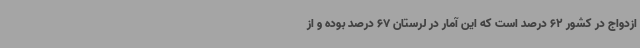
ازدواج در کشور 62 درصد است که این آمار در لرستان 67 درصد بوده و از